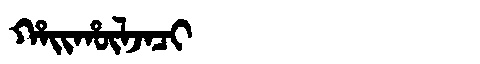
Manchu: ᡥᠠᡳᡥᡡᠯᠵᠠᠴᡳ
Romanization: HAIHŪLJACI